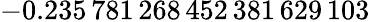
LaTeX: -0.235\, 781\, 268\, 452\, 381\, 629\, 103